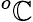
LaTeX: ^o\mathbb{C}